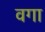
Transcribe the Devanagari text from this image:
वगा